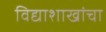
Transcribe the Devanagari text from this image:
विद्याशाखांचा